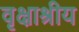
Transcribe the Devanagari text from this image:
वृक्षाश्रीय